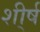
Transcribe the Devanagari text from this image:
शी्र्ष